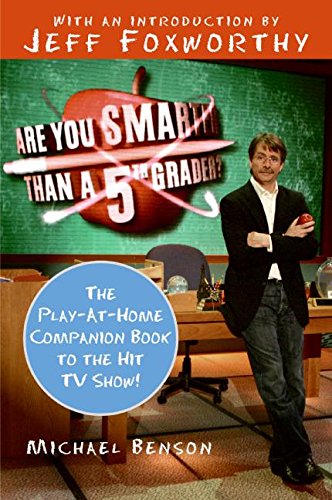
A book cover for Are You Smarter Than a 5th Grader?: The Play-at-Home Companion Book to the Hit TV Show!; Michael Benson; Humor & Entertainment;